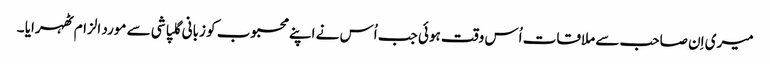
میری اِن صاحب سے ملاقات اُس وقت ہوئی جب اُس نے اپنے محبوب کو زبانی گلپاشی سے مورد الزام ٹھہرایا ۔